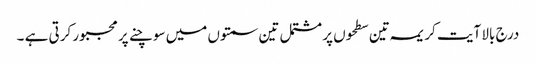
درج بالا آیت کریمہ تین سطحوں پر مشتمل تین سمتوں میں سوچنے پر مجبور کرتی ہے ۔